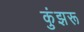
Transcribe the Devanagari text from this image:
कुंझरू